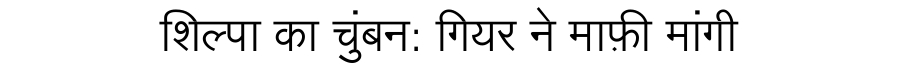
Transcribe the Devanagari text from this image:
शिल्पा का चुंबन: गियर ने माफ़ी मांगी